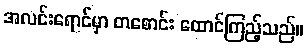
အလင်းရောင်မှာ တစောင်း ထောင်ကြည့်သည်။